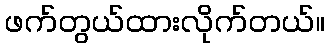
ဖက်တွယ်ထားလိုက်တယ်။